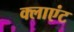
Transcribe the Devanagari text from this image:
क्‍लाएंट